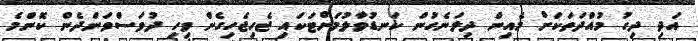
އަދި ދިގު މުއްދަތަކަށް މެއިން ދިލަނެގުން ކަނޑުވާލުމަށްޓަކައި ޖެހިޖެހިގެން ވިހި ދުވަސްވަންދެން ކޮންމެ